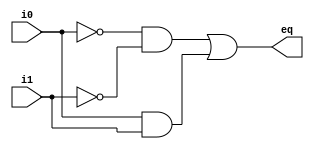
`timescale 1 ns/10 ps

module eq1(
  input wire i0, i1,
  output wire eq
);

  wire p0, p1;
  
  assign p0 = ~i0 & ~i1; 
  assign p1 = i0 & i1;
  assign eq = p0 | p1;

endmodule